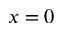
x = 0